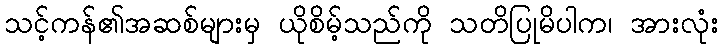
သင့်ကန်၏အဆစ်များမှ ယိုစိမ့်သည်ကို သတိပြုမိပါက၊ အားလုံး